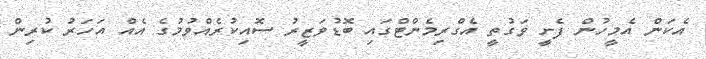
އެކަން އެމީހުން ފެށީ ވަގުތީ އެގްރިމެންޓްގައި ބޮޑުވަޒީރު ސޮއިކުރެއްވުމުގެ އެއް އަހަރު ކުރިން